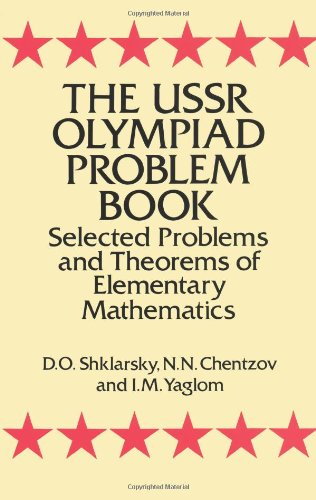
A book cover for The USSR Olympiad Problem Book: Selected Problems and Theorems of Elementary Mathematics (Dover Books on Mathematics); D. O. Shklarsky; Science & Math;